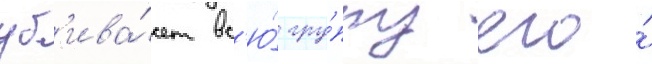
уб'ива́ет вс'ю́ гру́ппу его́